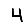
Digit: 4